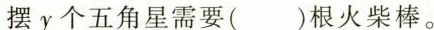
摆y个五角星需要( )根火柴棒。